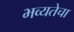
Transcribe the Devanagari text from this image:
भव्यतेचा